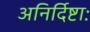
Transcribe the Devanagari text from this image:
अनिर्दिष्टाः